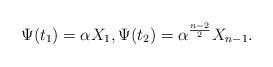
LaTeX: \begin{align*}\Psi(t_1) = \alpha X_1,\Psi(t_2)=\alpha^{\frac{n-2}{2}} X_{n-1}. \end{align*}